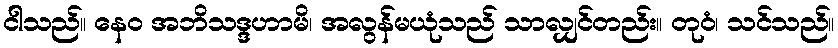
ငါသည်။ နေဝ အဘိသဒ္ဒဟာမိ၊ အလွန်မယုံသည် သာလျှင်တည်း။ တုဝံ၊ သင်သည်။